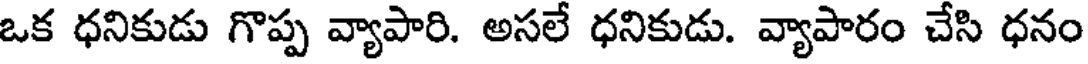
ఒక ధనికుడు గొప్ప వ్యాపారి. అసలే ధనికుడు. వ్యాపారం చేసి ధనం